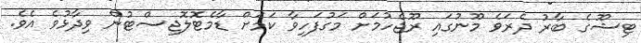
ޓިޝޫގެ ބާރު ދެރަވެ މޫނުގައި ރޫޖެހުމަށް މަގުފަހިވާ ކަމަށް ޑާމެޓޮލޮޖިސްޓުން ވިދާޅުވެ އެވެ.